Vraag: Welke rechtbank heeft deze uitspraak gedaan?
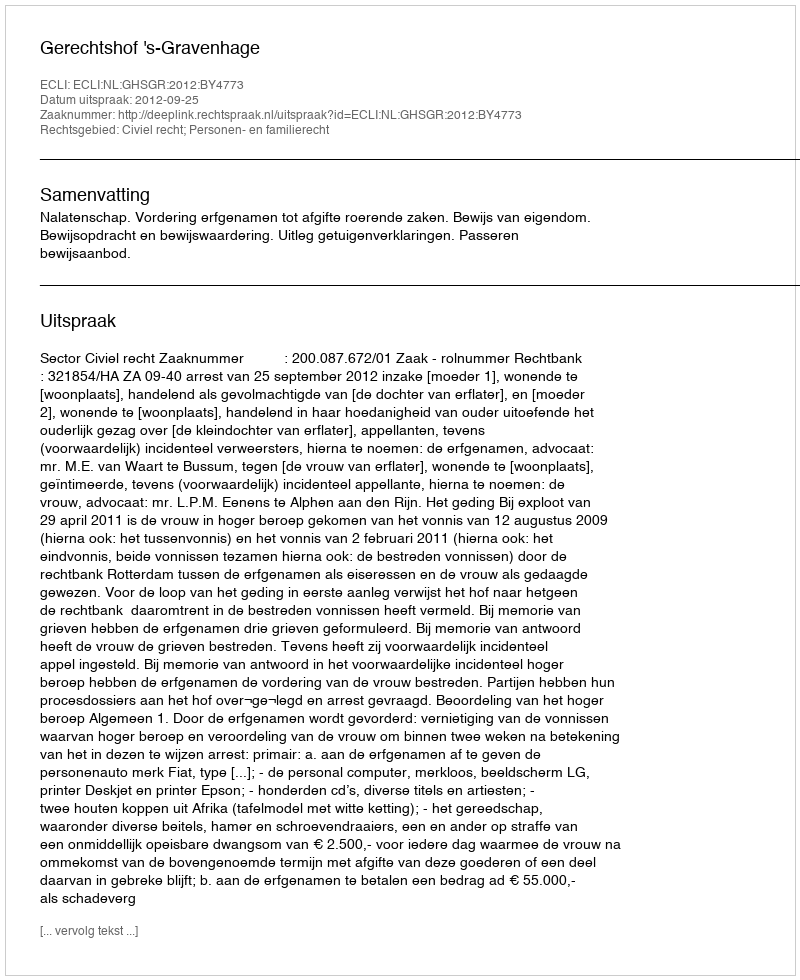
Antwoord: Gerechtshof 's-Gravenhage